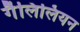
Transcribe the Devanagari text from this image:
गैलिलियन